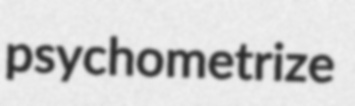
psychometrize